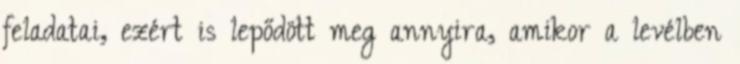
feladatai, ezért is lepődött meg annyira, amikor a levélben